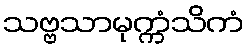
သဗ္ဗသာမုက္ကံသိကံ